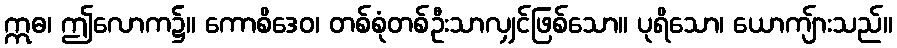
ဣဓ၊ ဤလောက၌။ ကောစိဒေဝ၊ တစ်စုံတစ်ဦးသာလျှင်ဖြစ်သော။ ပုရိသော၊ ယောကျ်ားသည်။